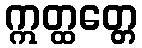
ဣတ္ထတ္တေ